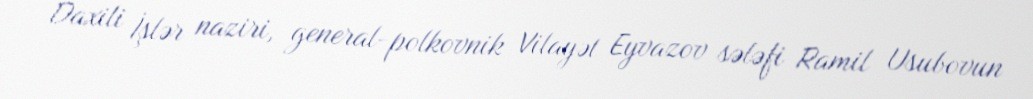
Daxili İşlər naziri, general-polkovnik Vilayət Eyvazov sələfi Ramil Usubovun